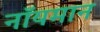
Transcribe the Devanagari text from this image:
नॉयमान